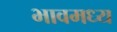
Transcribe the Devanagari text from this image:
भावमध्य